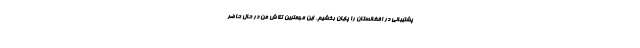
پشتیبانی در افغانستان را پایان بخشیم. این مهمترین تلاش من در حال حاضر